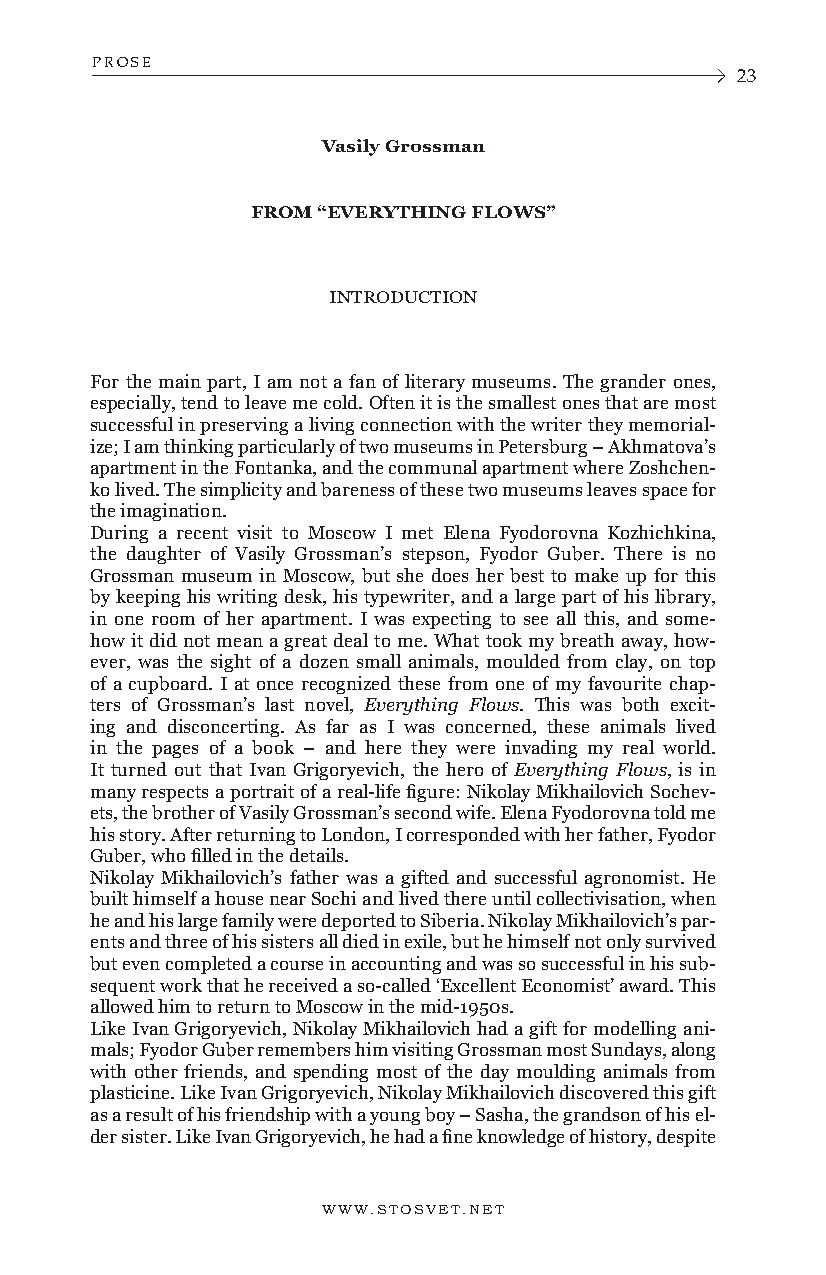
PROSE
 23
 Vasily Grossman
 FROM “EVERYTHING FLOWS”
 INTRODUCTION
 For the main part, I am not a fan of literary museums. The grander ones,
 especially, tend to leave me cold. Often it is the smallest ones that are most
 successful in preserving a living connection with the writer they memorial-
 ize; I am thinking particularly of two museums in Petersburg – Akhmatova’s
 apartment in the Fontanka, and the communal apartment where Zoshchen-
 ko lived. The simplicity and bareness of these two museums leaves space for
 the imagination.
 During a recent visit to Moscow I met Elena Fyodorovna Kozhichkina,
 the daughter of Vasily Grossman’s stepson, Fyodor Guber. There is no
 Grossman museum in Moscow, but she does her best to make up for this
 by keeping his writing desk, his typewriter, and a large part of his library,
 in one room of her apartment. I was expecting to see all this, and some-
 how it did not mean a great deal to me. What took my breath away, how-
 ever, was the sight of a dozen small animals, moulded from clay, on top
 of a cupboard. I at once recognized these from one of my favourite chap-
 ters of Grossman’s last novel, Everything Flows. This was both excit-
 ing and disconcerting. As far as I was concerned, these animals lived
 in the pages of a book – and here they were invading my real world.
 It turned out that Ivan Grigoryevich, the hero of Everything Flows, is in
 many respects a portrait of a real-life figure: Nikolay Mikhailovich Sochev-
 ets, the brother of Vasily Grossman’s second wife. Elena Fyodorovna told me
 his story. After returning to London, I corresponded with her father, Fyodor
 Guber, who filled in the details.
 Nikolay Mikhailovich’s father was a gifted and successful agronomist. He
 built himself a house near Sochi and lived there until collectivisation, when
 he and his large family were deported to Siberia. Nikolay Mikhailovich’s par-
 ents and three of his sisters all died in exile, but he himself not only survived
 but even completed a course in accounting and was so successful in his sub-
 sequent work that he received a so-called ‘Excellent Economist’ award. This
 allowed him to return to Moscow in the mid-1950s.
 Like Ivan Grigoryevich, Nikolay Mikhailovich had a gift for modelling ani-
 mals; Fyodor Guber remembers him visiting Grossman most Sundays, along
 with other friends, and spending most of the day moulding animals from
 plasticine. Like Ivan Grigoryevich, Nikolay Mikhailovich discovered this gift
 as a result of his friendship with a young boy – Sasha, the grandson of his el-
 der sister. Like Ivan Grigoryevich, he had a fine knowledge of history, despite
 WWW.STOSVET.NET      WWW.STOSVET.NET